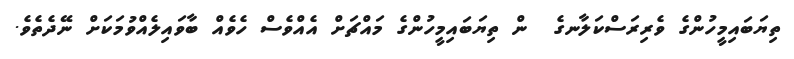
ތިޔަބައިމީހުންގެ ވެރިރަސްކަލާނގެ  ން ތިޔަބައިމީހުންގެ މައްޗަށް އެއްވެސް ހެވެއް ބާވައިލެއްވުމަކަށް ނޭދެތެވެ.